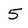
Character: 5